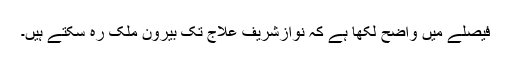
فیصلے میں واضح لکھا ہے کہ نوازشریف علاج تک بیرون ملک رہ سکتے ہیں۔